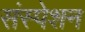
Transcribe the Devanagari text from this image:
संस्पेशन